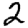
Digit: 2